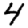
Digit: 4